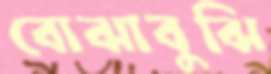
বোঝাবুঝি